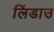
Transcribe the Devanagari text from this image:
लिंडाउ